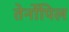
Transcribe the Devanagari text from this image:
तेर्नोपिल